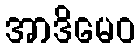
အာဒိမေဝ